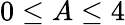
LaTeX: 0\leq A\leq 4